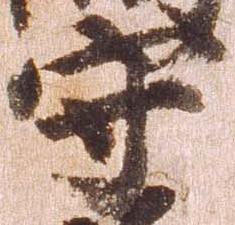
守